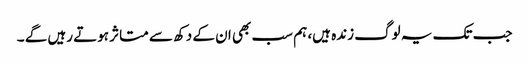
جب تک یہ لوگ زندہ ہیں، ہم سب بھی ان کے دکھ سے متاثر ہوتے رہیں گے ۔